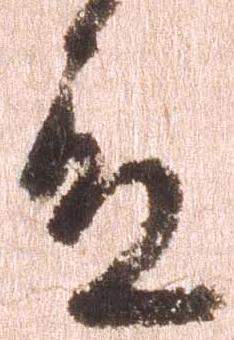
殿